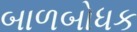
બાળબોધક